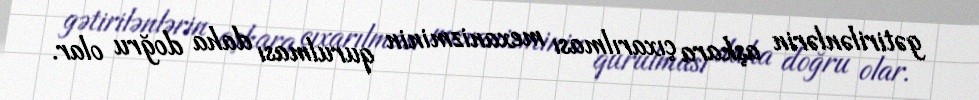
gətirilənlərin aşkara çıxarılması mexanizminin qurulması daha doğru olar.